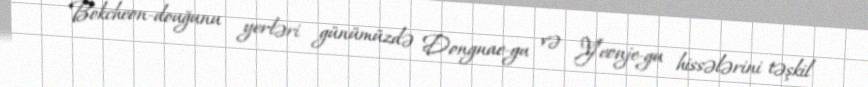
Bokcheon-douğunu yerləri günümüzdə Dongnae-gu və Yeonje-gu hissələrini təşkil